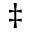
^ \ddagger